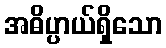
အဓိပ္ပာယ်ရှိသော